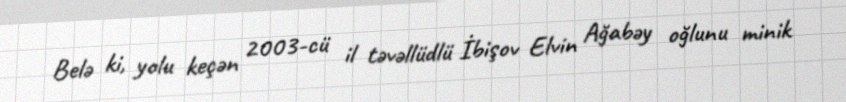
Belə ki, yolu keçən 2003-cü il təvəllüdlü İbişov Elvin Ağabəy oğlunu minik